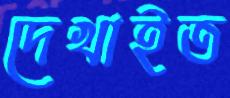
দেখাইত